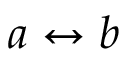
a \leftrightarrow b